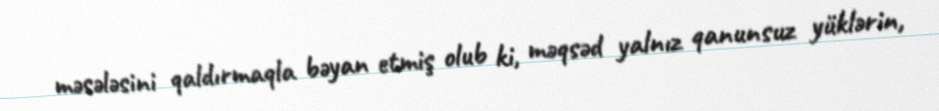
məsələsini qaldırmaqla bəyan etmiş olub ki, məqsəd yalnız qanunsuz yüklərin,